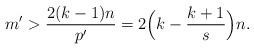
LaTeX: \begin{align*}m' > \frac{2(k-1)n}{p'} = 2 \Big( k - \frac{k+1}{s} \Big) n.\end{align*}